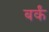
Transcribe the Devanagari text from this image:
बर्कं